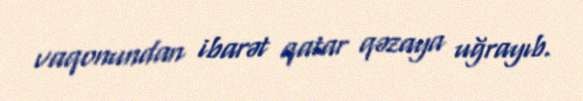
vaqonundan ibarət qatar qəzaya uğrayıb.